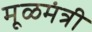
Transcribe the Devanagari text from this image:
मूळमंत्री